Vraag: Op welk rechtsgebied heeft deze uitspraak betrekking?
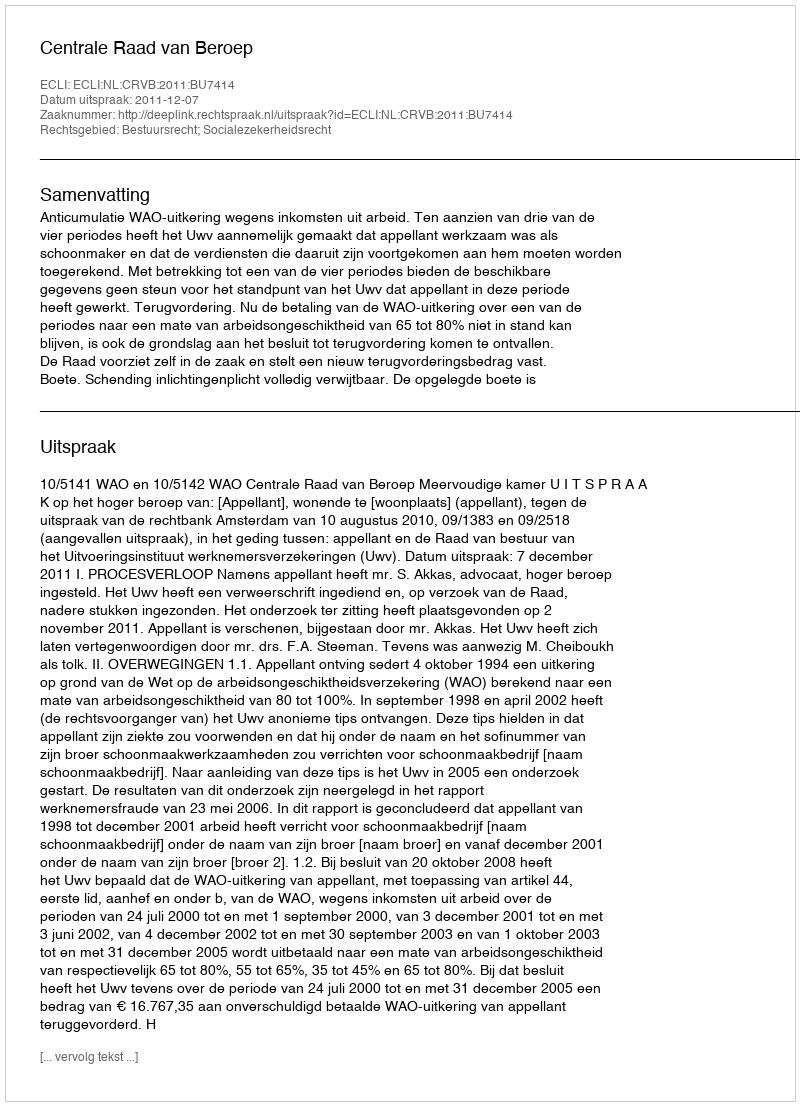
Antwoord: Bestuursrecht; Socialezekerheidsrecht